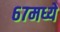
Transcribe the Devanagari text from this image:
६७मध्ये